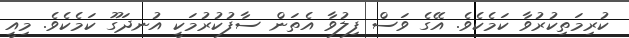
ކުރިމަތިކުރުވާ ކަމެކެވެ. އޭގެ ވަސް ފިލުވާ އެތަން ސާފުކުރުމަކީ އުނދަގޫ ކަމެކެވެ. މިއީ